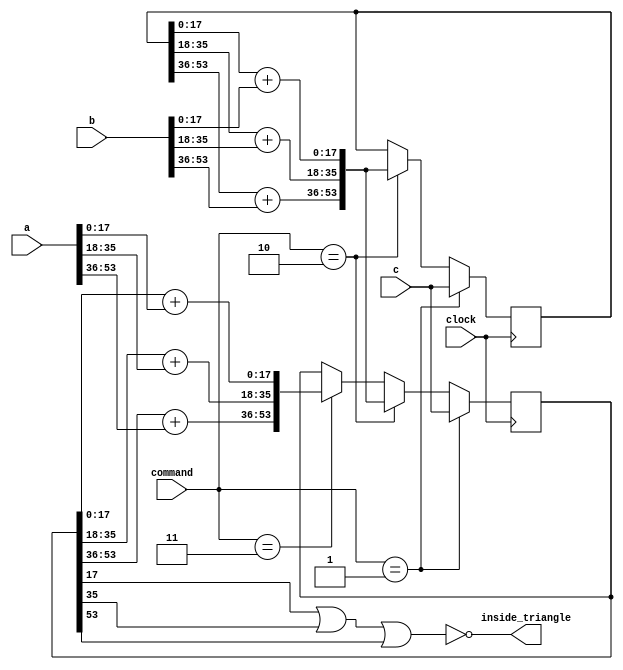
`default_nettype none
`timescale 1ns / 1ps

// Basic "Render me a triangle" render
// Every clock one of three things can happen:
// - restart
// - stepy
// - stepx
// Only the latter produces a pixel

`define W 18

// NB: this design should end up with just a three 18b adders and 6
// 18b registers, but we should probably change the design to do this
// explicitly.
//
// NB: Note that we should be able to tell of many x-steps are executed
// and thus precompute B' = B - x-steps * A, thus replacing the y-step
// with just e <= e + B' and eliminate e0, save half the registers.
//
// A more delicate change would be to reduce the precision from 18b
// down to ~ 10b, but that's likely to introduce a bunch of edge
// cases.
module p21_tile(input wire clock,
	    // Render equation parameters; changing them should be followed by a restart
	    input wire [`W*3-1:0] a, // That's actually three signed 18-bit values
	    input wire [`W*3-1:0] b,
	    input wire [`W*3-1:0] c,

	    input wire [1:0]  command, // 0 nop, 1 restart, 2 stepy, 3 stepx

	    output wire	      inside_triangle);

   reg [`W*3-1:0]	      e0, e; // 18*3*2 = 108 bit

   assign inside_triangle = !(e[`W-1] | e[`W*2-1] | e[`W*3-1]); // If all values in e are positive

   always @(posedge clock)
     if (command == 1) begin
	e0 <= c;
	e <= c;
     end else if (command == 2) begin
	// CSE works, right?
	e0 <= {e0[`W*3-1:`W*2] + b[`W*3-1:`W*2], e0[`W*2-1:`W] + b[`W*2-1:`W], e0[`W-1:0] + b[`W-1:0]};
	e <= {e0[`W*3-1:`W*2] + b[`W*3-1:`W*2], e0[`W*2-1:`W] + b[`W*2-1:`W], e0[`W-1:0] + b[`W-1:0]};
     end else if (command == 3) begin
	e <= {e[`W*3-1:`W*2] + a[`W*3-1:`W*2], e[`W*2-1:`W] + a[`W*2-1:`W], e[`W-1:0] + a[`W-1:0]};
     end
endmodule


`ifdef SIM
// FINE!  I'll simulate this

module p21_tb;
   reg clock = 1;
   always #5 clock = 1 - clock;

   reg [1:0] command = 0;
   wire      hour_hit;

   p21_tile hour_tile(clock, 54'h3ff7dfffb00097, 54'h3ff9d000880041, 54'h10bacff0ab114c, command, hour_hit);
   initial begin
      $monitor(clock, command, hour_hit);

      #10 command = 1;
      @(posedge clock);
      command = 0;

      #10 command = 3;
      @(posedge clock);
      @(posedge clock);
      @(posedge clock);
      @(posedge clock);
      command = 0;
      #100 $finish;
   end
endmodule
`endif